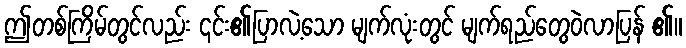
ဤတစ်ကြိမ်တွင်လည်း ၎င်း၏ပြာလဲ့သော မျက်လုံးတွင် မျက်ရည်တွေဝဲလာပြန် ၏။